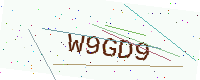
Text: W9GD9